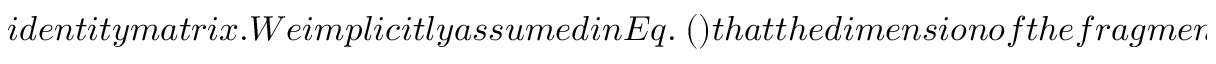
i d e n t i t y m a t r i x . W e i m p l i c i t l y a s s u m e d i n E q . ~ ( ) t h a t t h e d i m e n s i o n o f t h e f r a g m e n t i s s m a l l e r t h a n t h a t o f i t s e n v i r o n m e n t , { { \it i . e . } } ,